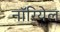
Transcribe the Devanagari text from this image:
नॉरियेल